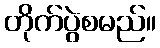
တိုက်ပွဲစမည်။